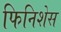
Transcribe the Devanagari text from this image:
फिनिशेस